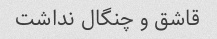
قاشق و چنگال نداشت